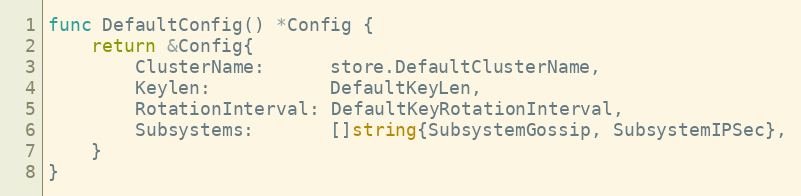
Language: Go
func DefaultConfig() *Config {
	return &Config{
		ClusterName:      store.DefaultClusterName,
		Keylen:           DefaultKeyLen,
		RotationInterval: DefaultKeyRotationInterval,
		Subsystems:       []string{SubsystemGossip, SubsystemIPSec},
	}
}